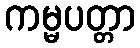
ကမ္မပတ္တာ